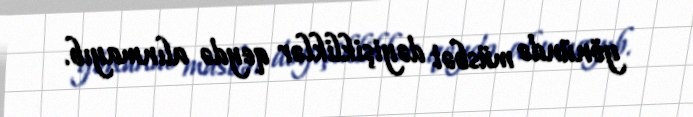
yönündə müsbət dəyişikliklər qeydə alınmayıb.